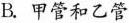
B.甲管和乙管